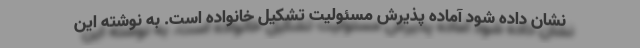
نشان داده شود آماده پذیرش مسئولیت تشکیل خانواده است. به نوشته این